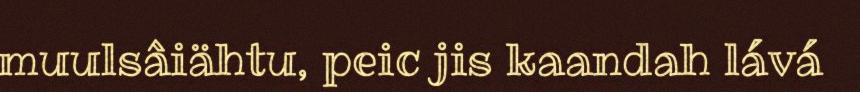
muulsâiähtu, peic jis kaandah lává